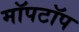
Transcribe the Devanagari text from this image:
मॉपटॉप